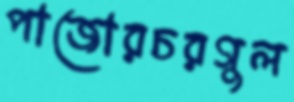
পাজোরচরগুল